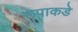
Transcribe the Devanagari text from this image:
रूपाकडे